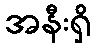
အနီးရှိ